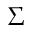
\Sigma